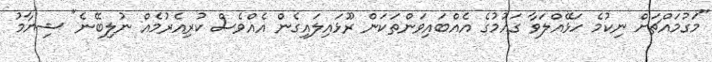
"މަގުމައްޗަށް ނިކުމެ ހަޅޭއްލަވާ ގައުމުގެ އެއްބައިވަންތަކަން ރޫޅައިލައިގެން އެއްވެސް ކުރިއެރުމެއް ނުލިބޭނެ" ޝިޔާމު